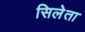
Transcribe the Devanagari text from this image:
सिलेता